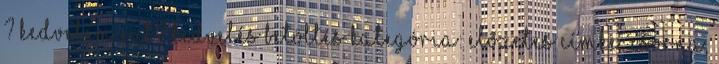
? Kedvelem ezt? Kedvelés Betöltés Kategória: előzetes Címke: csorna,